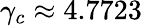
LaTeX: \gamma_{c}\approx 4.7723